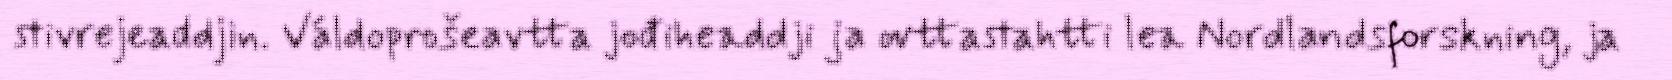
stivrejeaddjin. Váldoprošeavtta jođiheaddji ja ovttastahtti lea Nordlandsforskning, ja